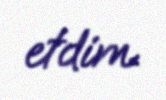
etdim.